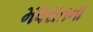
મધરાતના